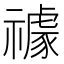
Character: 𥜅